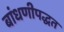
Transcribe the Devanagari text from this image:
बांधणीपद्धत